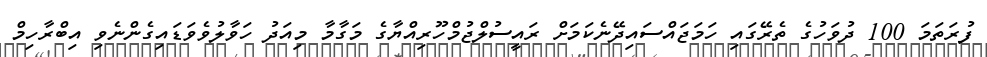
ފުރަތަމަ 100 ދުވަހުގެ ތެރޭގައި ހަމަޖައްސައިދޭނެކަމަށް ރައީސުލްޖުމްހޫރިއްޔާގެ މަގާމާ މިއަދު ހަވާލުވެވަޑައިގެންނެވި އިބްރާހިމް